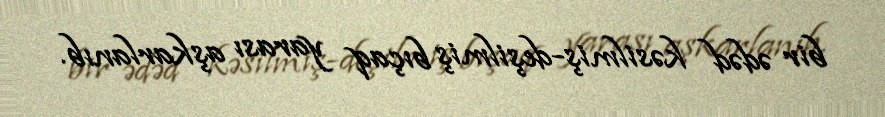
bir ədəd kəsilmiş-deşilmiş bıçaq yarası aşkarlanıb.